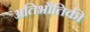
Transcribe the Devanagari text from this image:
अतिभौतिकी